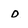
Character: o